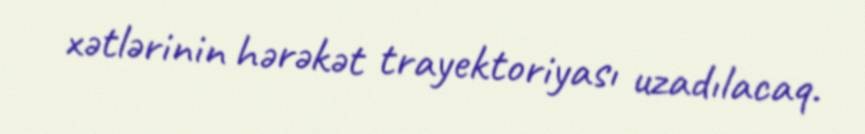
xətlərinin hərəkət trayektoriyası uzadılacaq.